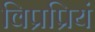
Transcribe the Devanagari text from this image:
विप्रप्रियं